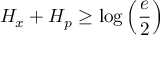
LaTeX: H _ { x } + H _ { p } \geq \log \left( { \frac { e } { 2 } } \right)